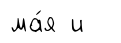
ма́я и